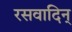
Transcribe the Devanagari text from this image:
रसवादिन्